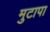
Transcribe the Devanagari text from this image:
मुटापा